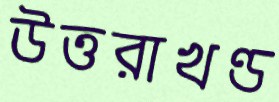
উত্তরাখণ্ড